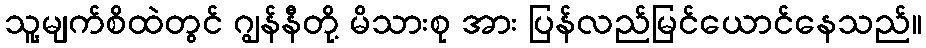
သူ့မျက်စိထဲတွင် ဂျွန်နီတို့ မိသားစု အား ပြန်လည်မြင်ယောင်နေသည်။